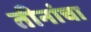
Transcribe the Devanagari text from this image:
तीनांचा